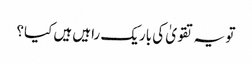
تو یہ تقویٰ کی باریک راہیں ہیں کیا؟